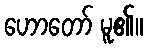
ဟောတော် မူ၏။